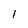
Character: l